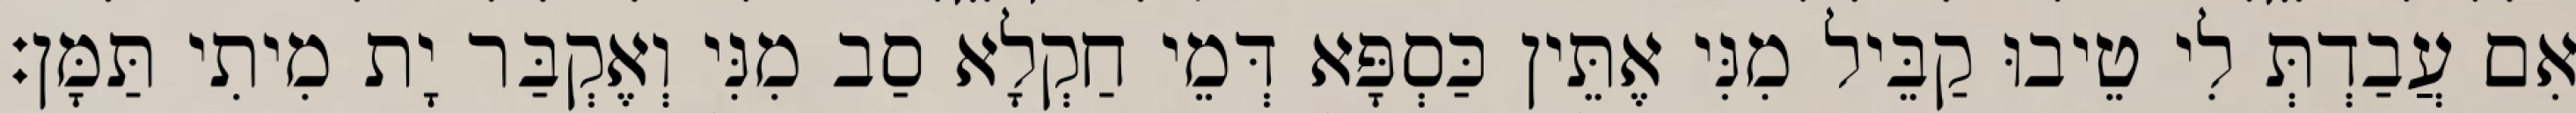
אִם עֲבַדְתְּ לִי טֵיבוּ קַבֵּיל מִנִּי אֶתֵּין כַּסְפָּא דְּמֵי חַקְלָא סַב מִנִּי וְאֶקְבַּר יָת מִיתִי תַּמָּן׃